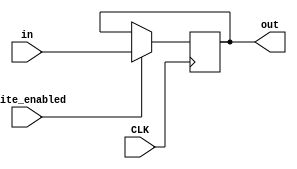
`timescale 1ns / 1ps

module register(
	input [15:0] in,
	input CLK,
	input write_enabled,
	output reg[15:0] out);
	
	always @ (posedge(CLK)) begin

		if (write_enabled)
			begin  
				out <= in;
			end
		end
endmodule